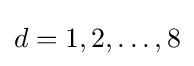
d=1,2,\dots ,8